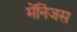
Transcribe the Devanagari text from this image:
मेंनिंजस